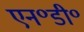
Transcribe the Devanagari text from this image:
एन॰डी॰